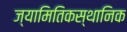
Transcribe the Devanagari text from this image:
ज्यामितिकस्थानिक